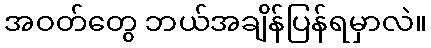
အဝတ်တွေ ဘယ်အချိန်ပြန်ရမှာလဲ။